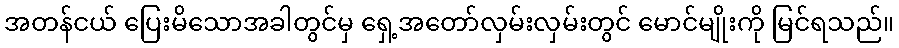
အတန်ငယ် ပြေးမိသောအခါတွင်မှ ရှေ့အတော်လှမ်းလှမ်းတွင် မောင်မျိုးကို မြင်ရသည်။